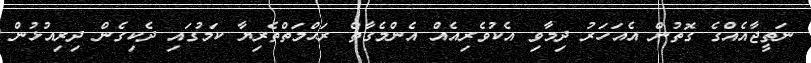
ނަތީޖާއެއްގެ ގޮތުން އެއަހަރު ދިމާވި އެކުވެރިއެއް އެންމެގާތް ރަޙްމަތްތެރިޔާ ކަމުގައި ދެކިގެން ދިރިއުޅުން